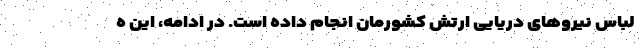
لباس نیرو‌های دریایی ارتش کشورمان انجام داده است. در ادامه، این ه